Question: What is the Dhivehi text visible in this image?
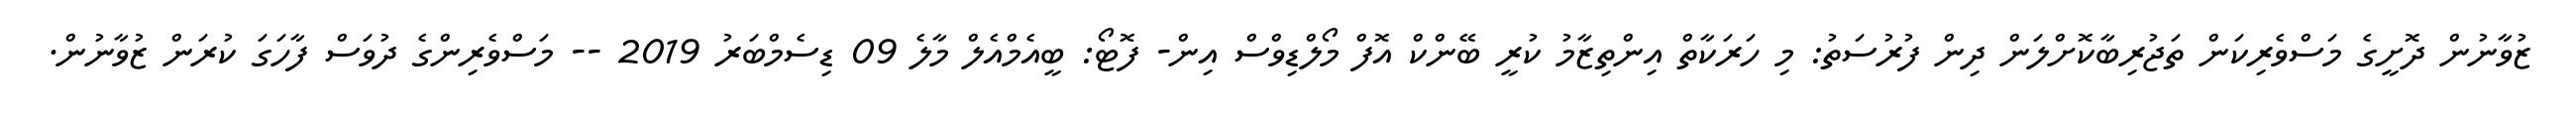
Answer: ޒުވާނުން ދޮށީގެ މަސްވެރިކަން ތަޖުރިބާކޮށްލަން ދިން ފުރުސަތު: މި ހަރަކާތް އިންތިޒާމު ކުރީ ބޭންކް އޮފް މޯލްޑިވްސް އިން- ފޮޓޯ: ބީއެމްއެލް މާލެ 09 ޑިސެމްބަރު 2019 -- މަސްވެރިންގެ ދުވަސް ފާހަގަ ކުރަން ޒުވާނުން.